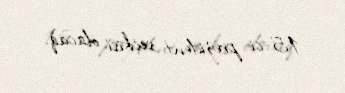
15-ci prezident seçkisi olacaq.